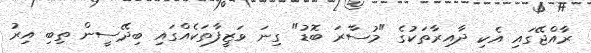
ރާއްޖޭގައި އެކި ދާއިރާތަކުގެ "މުސާރަ ބޮޑު" ގިނަ ވަޒީފާތަކެއްގައި ބިދޭސީން ތިބި އިރު